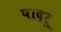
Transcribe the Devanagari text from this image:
पादरू